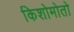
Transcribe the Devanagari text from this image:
किशोमोतो